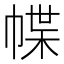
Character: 幉